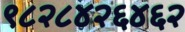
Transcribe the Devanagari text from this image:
९८२८४२६४६२